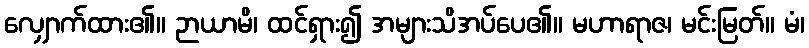
လျှောက်ထား၏။ ဉာယာမိ၊ ထင်ရှား၍ အများသိအပ်ပေ၏။ မဟာရာဇ၊ မင်းမြတ်။ မံ၊